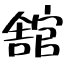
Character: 舘